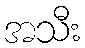
အသီး